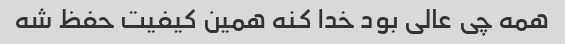
همه چی عالی بود خدا کنه همین کیفیت حفظ شه